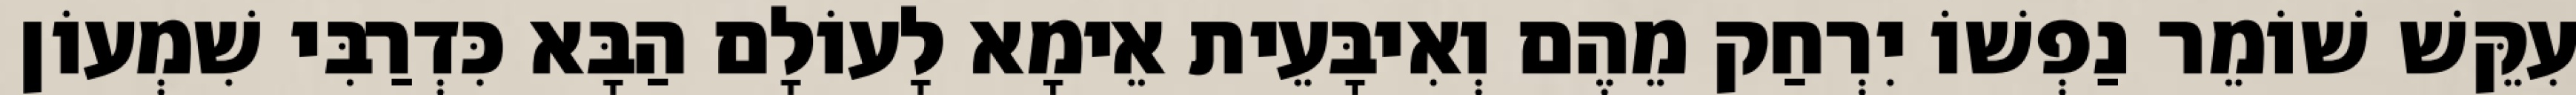
עִקֵּשׁ שׁוֹמֵר נַפְשׁוֹ יִרְחַק מֵהֶם וְאִיבָּעֵית אֵימָא לָעוֹלָם הַבָּא כִּדְרַבִּי שִׁמְעוֹן